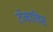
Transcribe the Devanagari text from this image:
टोकाचिस